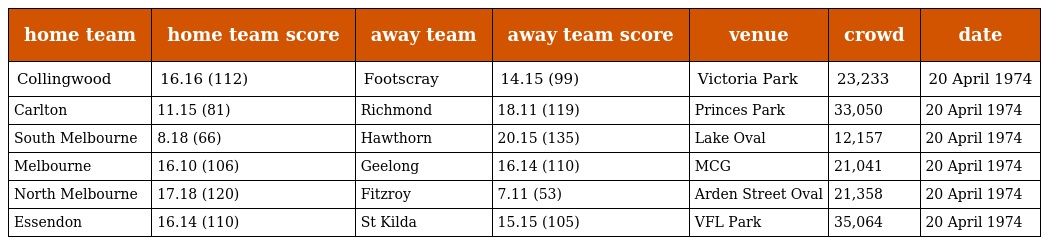
| home team | home team score | away team | away team score | venue | crowd | date |
 | --- | --- | --- | --- | --- | --- | --- |
 | Collingwood | 16.16 (112) | Footscray | 14.15 (99) | Victoria Park | 23,233 | 20 April 1974 |
 | Carlton | 11.15 (81) | Richmond | 18.11 (119) | Princes Park | 33,050 | 20 April 1974 |
 | South Melbourne | 8.18 (66) | Hawthorn | 20.15 (135) | Lake Oval | 12,157 | 20 April 1974 |
 | Melbourne | 16.10 (106) | Geelong | 16.14 (110) | MCG | 21,041 | 20 April 1974 |
 | North Melbourne | 17.18 (120) | Fitzroy | 7.11 (53) | Arden Street Oval | 21,358 | 20 April 1974 |
 | Essendon | 16.14 (110) | St Kilda | 15.15 (105) | VFL Park | 35,064 | 20 April 1974 |